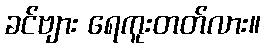
ခင်ဗျား ရေကူးတတ်လား။